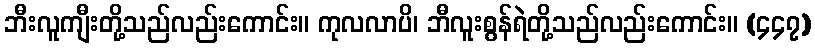
ဘီးလူကျီးတို့သည်လည်းကောင်း။ ကုလလာပိ၊ ဘီလူးစွန်ရဲတို့သည်လည်းကောင်း။ (၄၄၇)